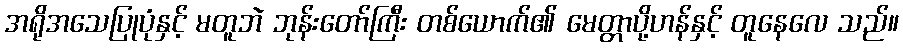
အရိုအသေပြုပုံနှင့် မတူဘဲ ဘုန်းတော်ကြီး တစ်ယောက်၏ မေတ္တာပို့ဟန်နှင့် တူနေလေ သည်။